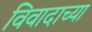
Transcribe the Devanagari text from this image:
विवादाच्या